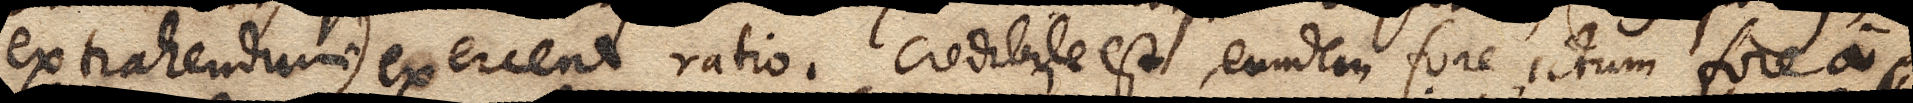
extrahendum) exerceat ratio. Credibile est, eundem fore ictum a